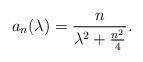
LaTeX: \begin{align*}a_n(\lambda) = \frac{n}{\lambda^2 + \frac{n^2}{4}}.\end{align*}